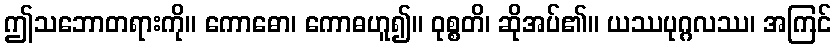
ဤသဘောတရားကို။ ကောဓော၊ ကောဓဟူ၍။ ဝုစ္စတိ၊ ဆိုအပ်၏။ ယဿပုဂ္ဂလဿ၊ အကြင်